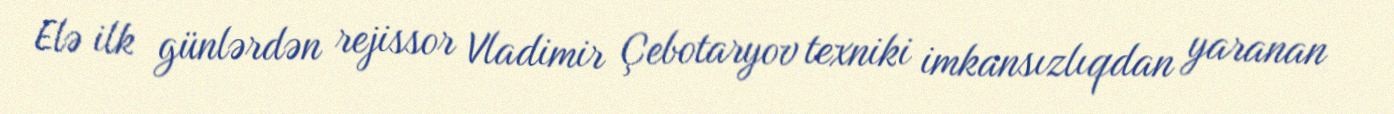
Elə ilk günlərdən rejissor Vladimir Çebotaryov texniki imkansızlıqdan yaranan